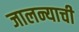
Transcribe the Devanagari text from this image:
जालन्याची